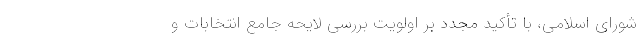
شورای اسلامی، با تأکید مجدد بر اولویت بررسی لایحه جامع انتخابات و